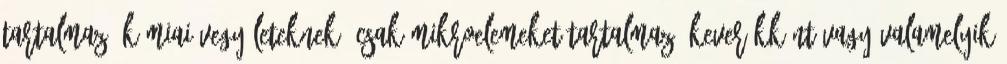
tartalmazó kémiai vegyületeknek. Csak mikroelemeket tartalmazó keverékként vagy valamelyik